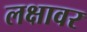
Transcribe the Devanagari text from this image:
लक्षावर